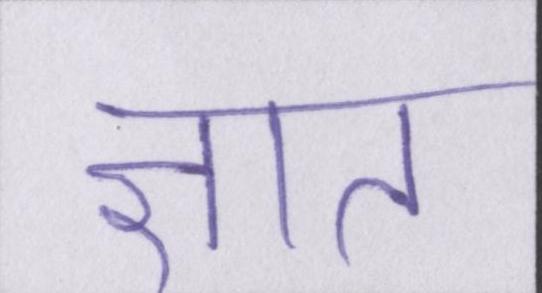
ज्ञात